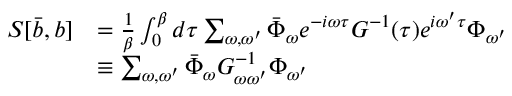
\begin{array} { r l } { S [ \bar { b } , b ] } & { = \frac { 1 } { \beta } \int _ { 0 } ^ { \beta } d \tau \sum _ { \omega , \omega ^ { \prime } } \bar { \Phi } _ { \omega } e ^ { - i \omega \tau } G ^ { - 1 } ( \tau ) e ^ { i \omega ^ { \prime } \tau } \Phi _ { \omega ^ { \prime } } } \\ & { \equiv \sum _ { \omega , \omega ^ { \prime } } \bar { \Phi } _ { \omega } G _ { \omega \omega ^ { \prime } } ^ { - 1 } \Phi _ { \omega ^ { \prime } } } \end{array}